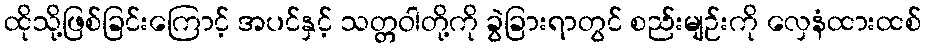
ထိုသို့ဖြစ်ခြင်းကြောင့် အပင်နှင့် သတ္တဝါတို့ကို ခွဲခြားရာတွင် စည်းမျဉ်းကို လှေနံထားထစ်